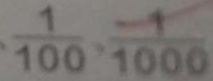
\frac { 1 } { 1 0 0 } - \frac { 1 } { 1 0 0 0 }